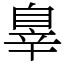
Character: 辠